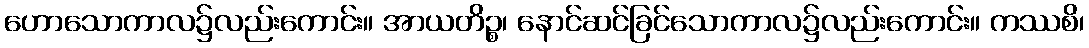
ဟောသောကာလ၌လည်းကောင်း။ အာယတိဉ္စ၊ နောင်ဆင်ခြင်သောကာလ၌လည်းကောင်း။ ကဿစိ၊